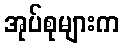
အုပ်စုများက